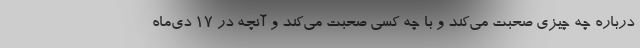
درباره چه چیزی صحبت می‌کند و با چه کسی صحبت می‌کند و آنچه در ۱۷ دی‌ماه